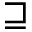
\sqsupseteq